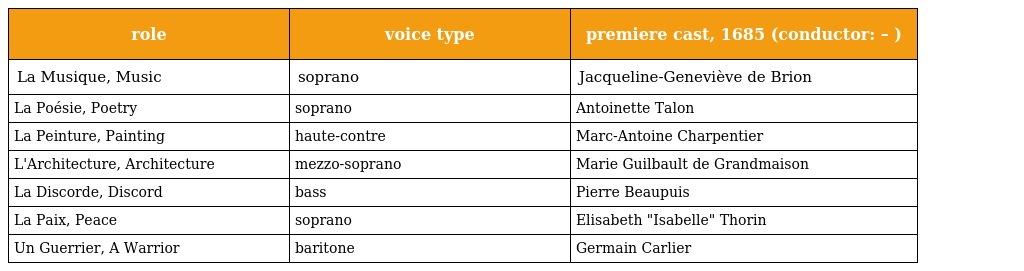
| role | voice type | premiere cast, 1685 (conductor: – ) |
 | --- | --- | --- |
 | La Musique, Music | soprano | Jacqueline-Geneviève de Brion |
 | La Poésie, Poetry | soprano | Antoinette Talon |
 | La Peinture, Painting | haute-contre | Marc-Antoine Charpentier |
 | L'Architecture, Architecture | mezzo-soprano | Marie Guilbault de Grandmaison |
 | La Discorde, Discord | bass | Pierre Beaupuis |
 | La Paix, Peace | soprano | Elisabeth "Isabelle" Thorin |
 | Un Guerrier, A Warrior | baritone | Germain Carlier |